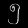
Digit: ၅